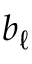
b _ { \ell }